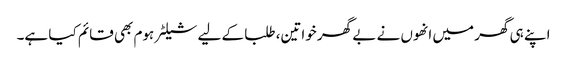
اپنے ہی گھر میں انھوں نے بے گھر خواتین، طلبا کے لیے شیلٹر ہوم بھی قائم کیا ہے۔